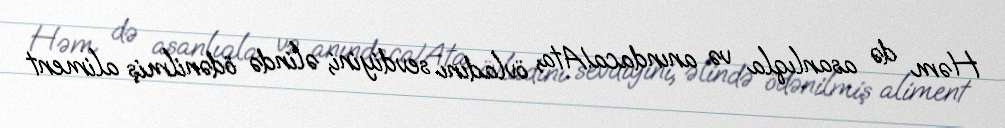
Həm də asanlıqla və anındaca!Ata, övladını sevdiyini, əlində ödənilmiş aliment